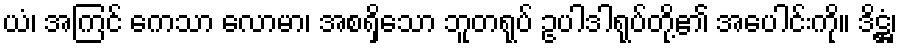
ယံ၊ အကြင် ကေသာ လောမာ၊ အစရှိသော ဘူတရုပ် ဥပါဒါရုပ်တို့၏ အပေါင်းကို။ ဒိဋ္ဌံ၊